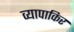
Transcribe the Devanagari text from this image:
व्यापाकिर